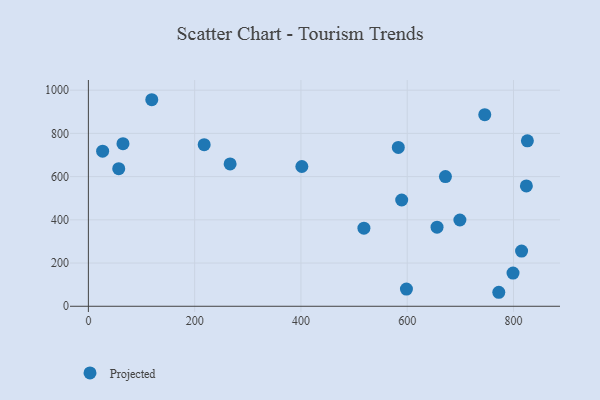
{"axis": {"x": "Speed", "y": "Yield"}, "legend": ["Projected"], "data": [{"x": "598.5", "y": 79.4, "type": "Projected"}, {"x": "119.3", "y": 955.8, "type": "Projected"}, {"x": "699.1", "y": 399.3, "type": "Projected"}, {"x": "26.8", "y": 717.9, "type": "Projected"}, {"x": "266.7", "y": 658.9, "type": "Projected"}, {"x": "656.1", "y": 366.2, "type": "Projected"}, {"x": "826.1", "y": 765.8, "type": "Projected"}, {"x": "745.9", "y": 886.5, "type": "Projected"}, {"x": "518.5", "y": 361.2, "type": "Projected"}, {"x": "57.1", "y": 636.9, "type": "Projected"}, {"x": "65.1", "y": 752.3, "type": "Projected"}, {"x": "589.6", "y": 491.8, "type": "Projected"}, {"x": "217.9", "y": 747.9, "type": "Projected"}, {"x": "401.7", "y": 646.9, "type": "Projected"}, {"x": "799.1", "y": 153.7, "type": "Projected"}, {"x": "583.2", "y": 735.0, "type": "Projected"}, {"x": "772.3", "y": 64.8, "type": "Projected"}, {"x": "815.2", "y": 255.5, "type": "Projected"}, {"x": "671.9", "y": 600.1, "type": "Projected"}, {"x": "824.2", "y": 557.0, "type": "Projected"}]}